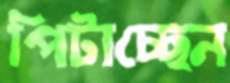
পিটাচ্ছেন